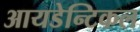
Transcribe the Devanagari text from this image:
आयडेन्टिकल